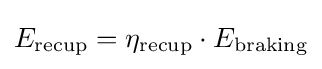
E_{\text{recup}}=\eta _{\text{recup}}\cdot E_{\text{braking}}